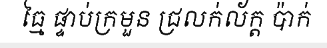
ធ្មៃ ផ្ទាប់ក្រមួន ជ្រលក់ល័ក្ត ប៉ាក់